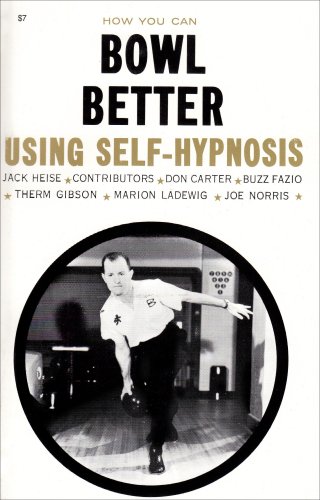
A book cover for How You Can Bowl Better Using Self-Hypnosis; Jack Heise; Sports & Outdoors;